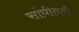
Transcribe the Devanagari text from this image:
सांघीतली